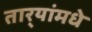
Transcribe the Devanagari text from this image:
तार्‍यांमधे